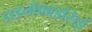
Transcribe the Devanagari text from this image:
डाइनोफाइसिई